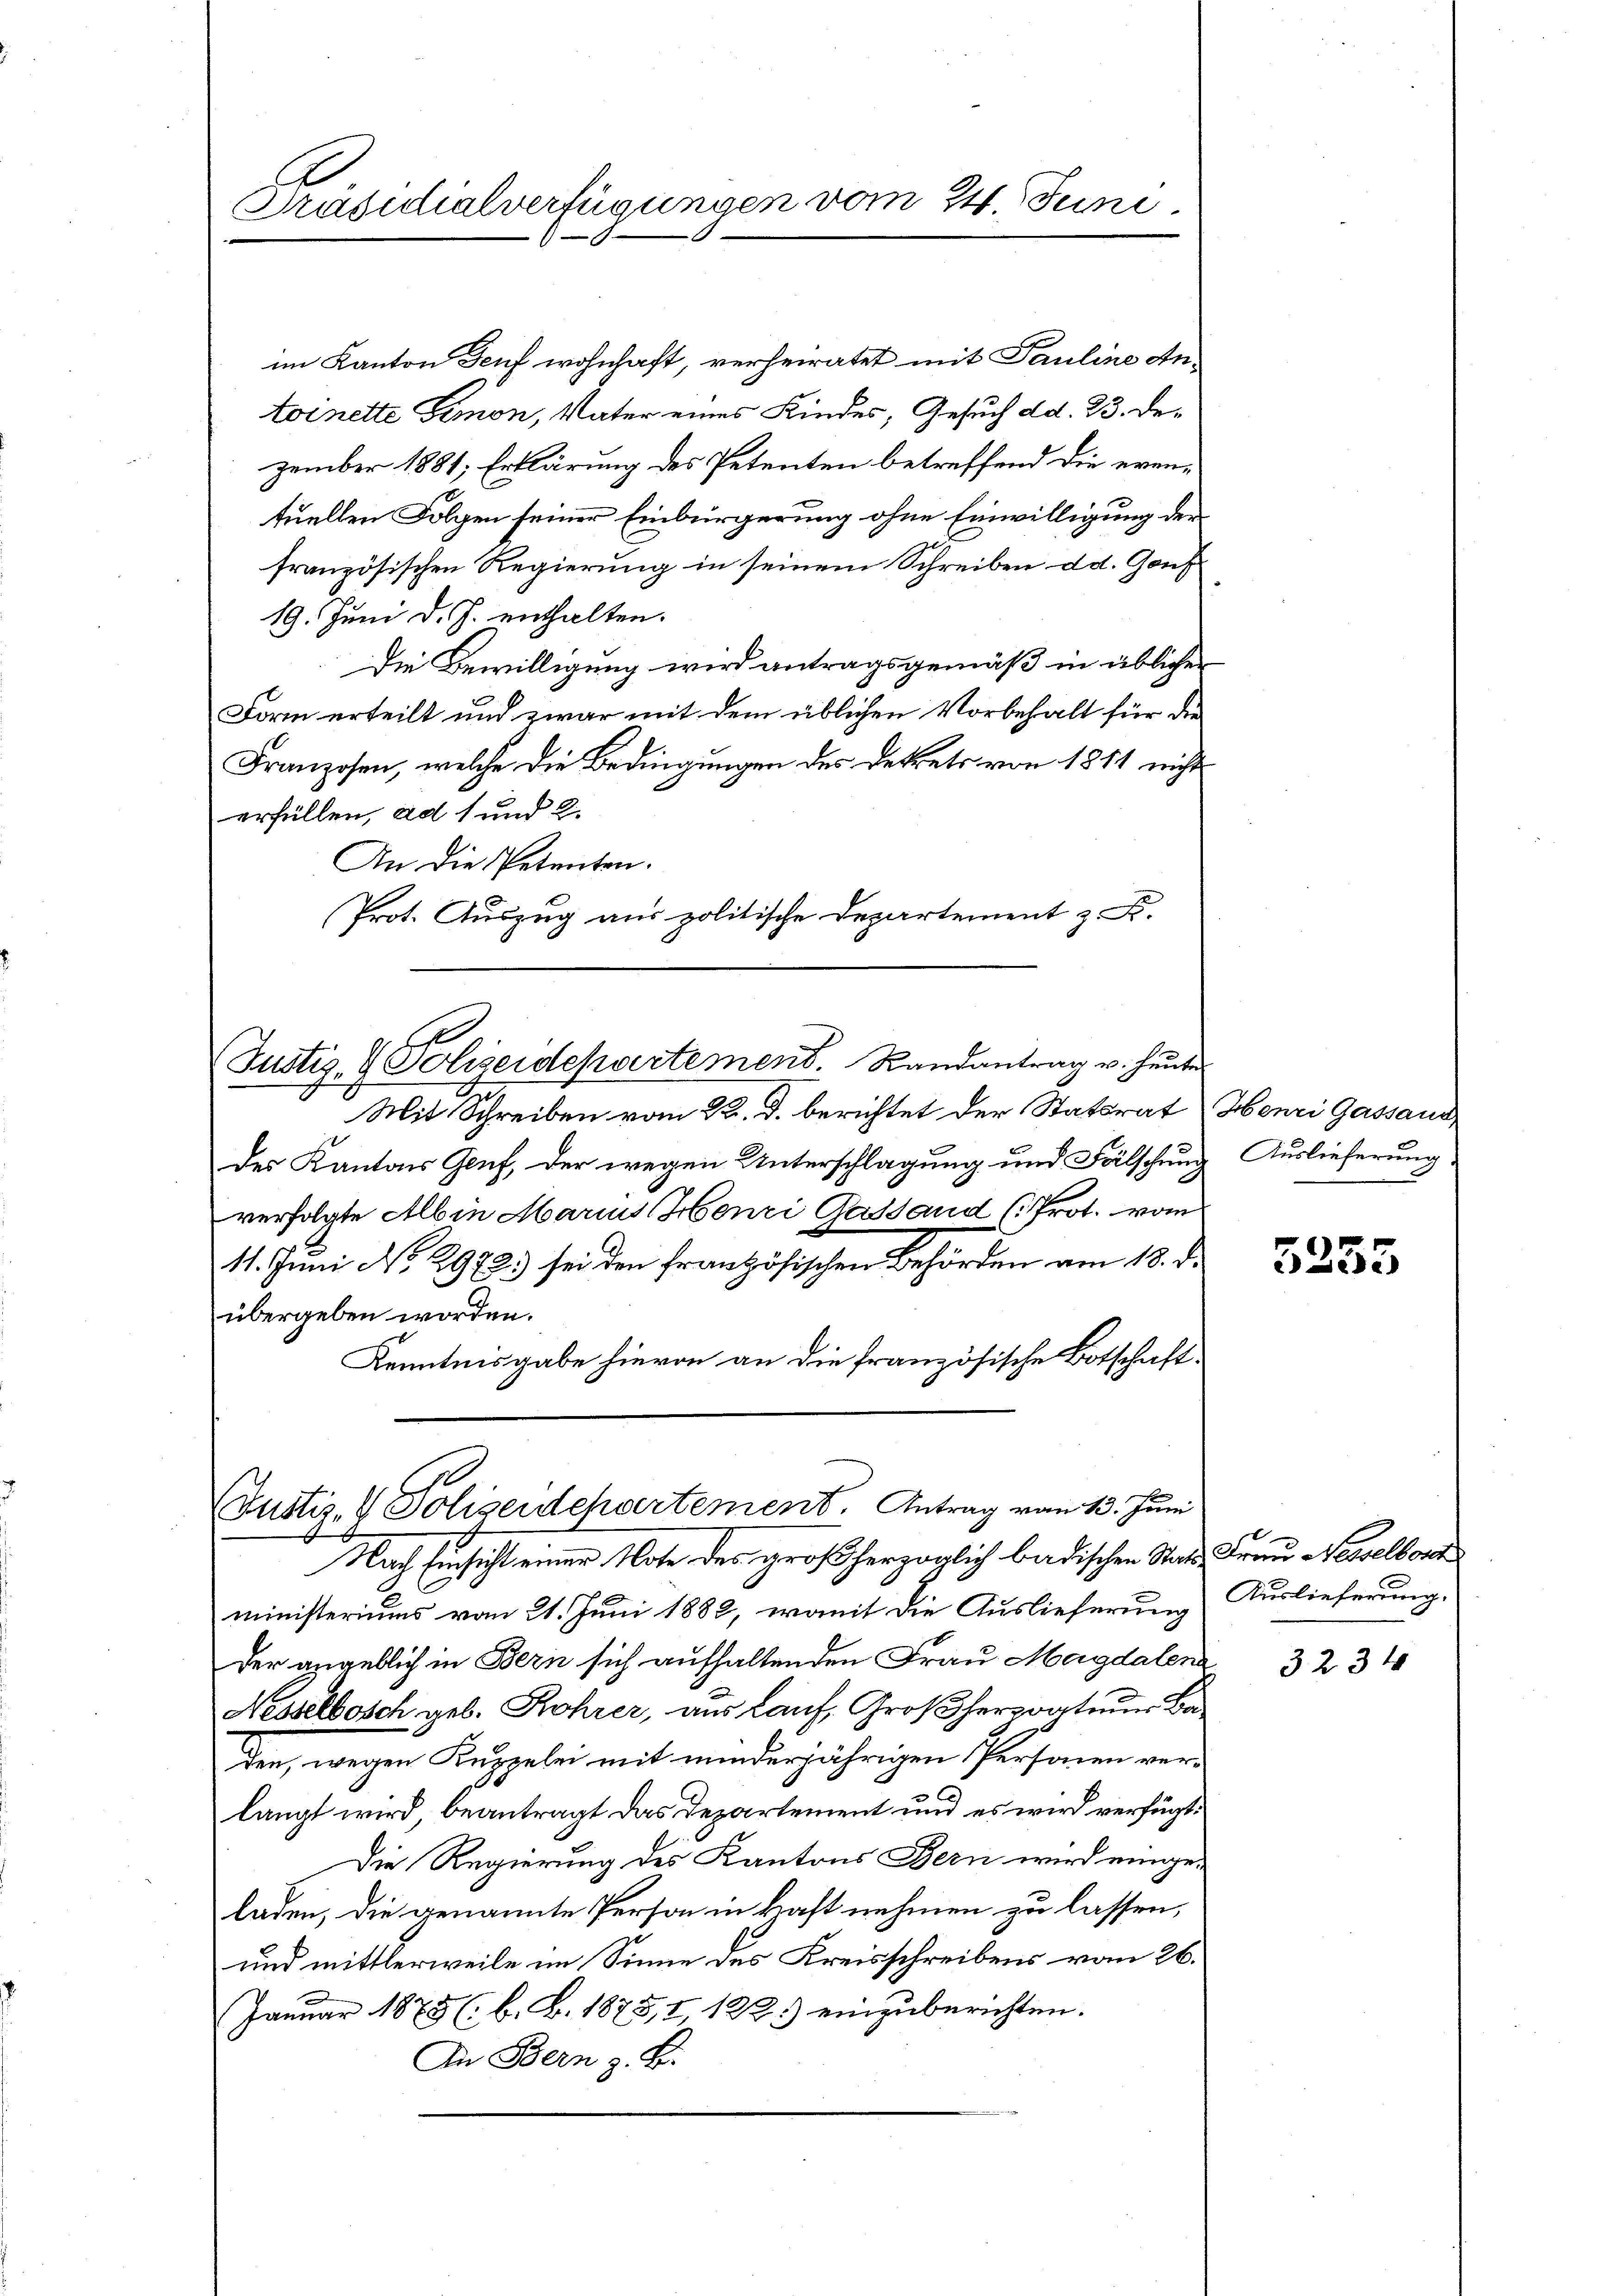
Präsidialverfügungen vom 24. Juni.

im Kanton Teuf wohnhaft, verheiratet mit Pauline Antoinette Gemnon, Vater eines Kindes, Gesuch dd. 23. Dezember 1881, Erklärung des Petenten betreffend die eventuellen Folgen seiner Einbürgerung ohne Einwilligung der
französischen Regierung in seinem Schreiben d. d. Gonf
19. Juni d. J. enthalten.
Die Bewilligung wird antragsgemäß in üblicher
Form erteilt und zwar mit dem üblichen Vorbehalt für die
Franzosen, welche die Bedingungen des Dekrets von 1811 nicht
erfüllen, ad 1 und 2.
An die Petenten.
Prot. Auszug aus politische Departement z. F.
Justiz- & Polizeidepartement. Randantrag u. heute
Mit Schreiben vom 22. d. berichtet der Statsrat Henri Gassaus
des Kantons Gruf, der wegen Unterschlagung und Fälschung
J
verfolgte Albin Marius Henri Gasstand (Prot. vom
11. Juni No 2972.) sei den französischen Behörden am 18. d.
übergeben worden.
Kenntnisgabe hievon an die französische Botschaft.

(Justiz- & Polizeidchartement. Antrag vom 13. Juni

Nach Einsicht einer Note des großherzoglich badischen Stats Frau Nesselbor
ministeriums vom 21. Juni 1882, womit die Auslieferung
Der angeblich in Bern sich aufhaltenden Frau Magdalena
Nesselbosch geb. Rohrer, aus Lauf, Großherzvateur Baden, wegen Kuppelei mit minderjährigen Personen verlangt wird beantragt das Departement und es wird verfügt:
Die Regierung des Kantons Bern wird eingeladen, die genannte Person in kraft nehmen zu lassen,
und mittlerweile im Sinne des Kreisschreibens vom 26.
Januar 1875 (: b. B. 1873, I 122.) einzuberichten.
In Bern z. B.

Auslieferung

5253

Auslieferung.

323 x